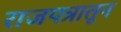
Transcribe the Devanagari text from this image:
राजपत्रातून